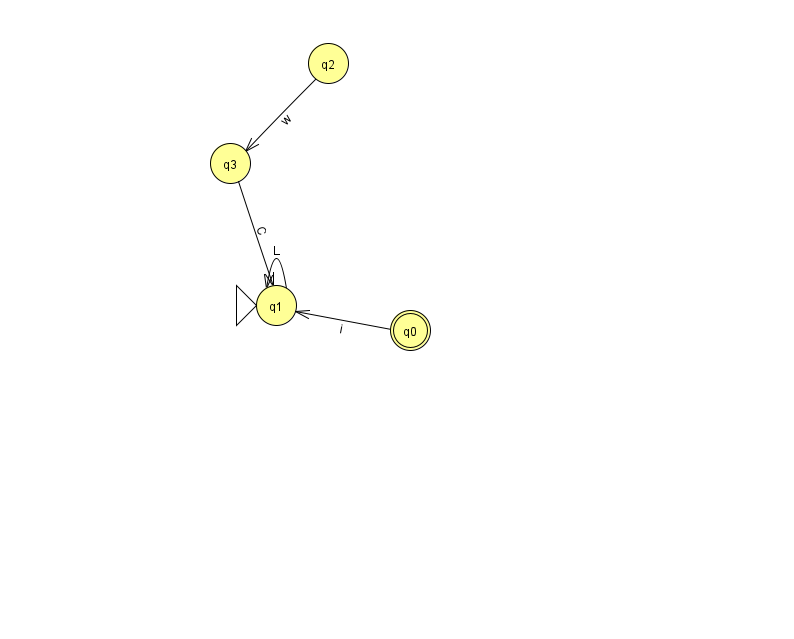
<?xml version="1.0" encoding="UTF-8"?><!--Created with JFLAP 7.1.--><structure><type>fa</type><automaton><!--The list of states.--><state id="0" name="q0"><x>410.0</x><y>317.0</y><final/></state><state id="1" name="q1"><x>276.0</x><y>292.0</y><initial/></state><state id="2" name="q2"><x>328.0</x><y>50.0</y></state><state id="3" name="q3"><x>230.0</x><y>150.0</y></state><!--The list of transitions.--><transition><from>0</from><to>1</to><read>i</read></transition><transition><from>2</from><to>3</to><read>w</read></transition><transition><from>1</from><to>1</to><read>L</read></transition><transition><from>3</from><to>1</to><read>C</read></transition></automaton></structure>